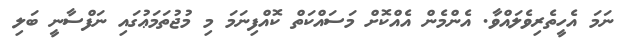
ނަމަ އެހީތެރިވެލައްވާ. އެންމެން އެއްކޮށް މަސައްކަތް ކޮއްފިނަމަ މި މުޖުތަމަޢުގައި ނަފްސާނީ ބަލި